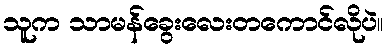
သူက သာမန်ခွေးလေးတကောင်လိုပဲ။